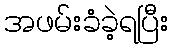
အဖမ်းခံခဲ့ရပြီး